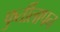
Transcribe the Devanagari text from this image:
फुर्तीलापन